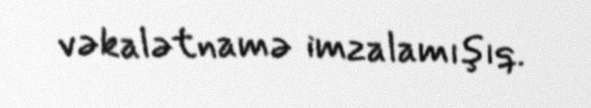
vəkalətnamə imzalamışıq.